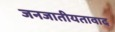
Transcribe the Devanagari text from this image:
जनजातीयतावाद